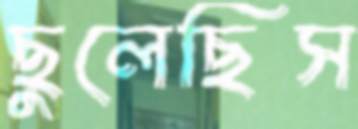
ছুলেছিস